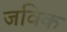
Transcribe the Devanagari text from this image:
जविक